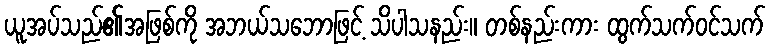
ယူအပ်သည်၏အဖြစ်ကို အဘယ်သဘောဖြင့် သိပါသနည်း။ တစ်နည်းကား ထွက်သက်ဝင်သက်